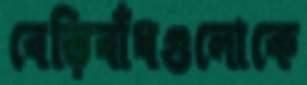
বেড়িবাঁধগুলোকে